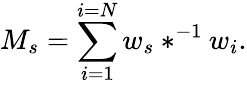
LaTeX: M_{s}=\sum_{i=1}^{i=N}w_{s}\ast^{-1}w_{i}.